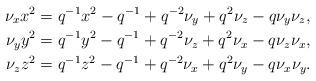
LaTeX: \begin{align*}\nu_x x^2 &= q^{-1}x^2 - q^{-1}+q^{-2}\nu_y + q^2\nu_z - q\nu_y\nu_z, \\\nu_y y^2 &= q^{-1}y^2 - q^{-1}+q^{-2}\nu_z + q^2\nu_x - q\nu_z\nu_x, \\\nu_z z^2 &= q^{-1}z^2 - q^{-1}+q^{-2}\nu_x + q^2\nu_y - q\nu_x\nu_y. \end{align*}